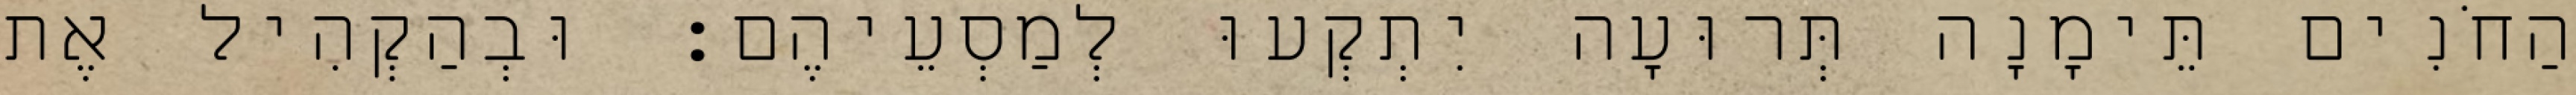
הַחֹנִים תֵּימָנָה תְּרוּעָה יִתְקְעוּ לְמַסְעֵיהֶם׃ וּבְהַקְהִיל אֶת